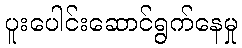
ပူးပေါင်းဆောင်ရွက်နေမှု